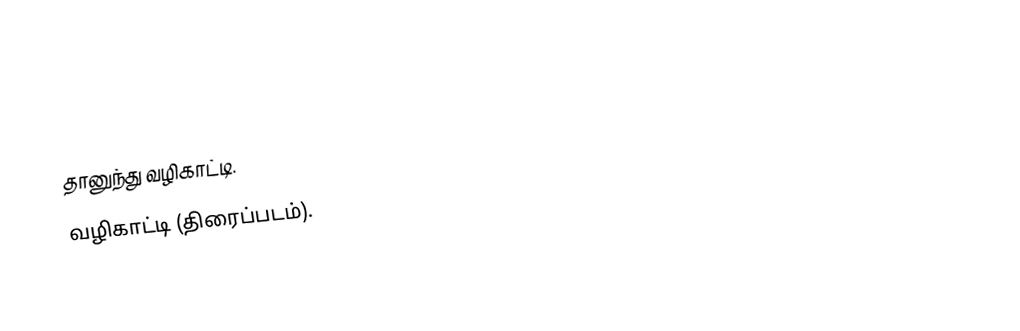
தானுந்து வழிகாட்டி.
 வழிகாட்டி (திரைப்படம்).